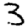
Digit: 3